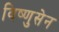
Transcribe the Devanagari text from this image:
विष्णुसेन